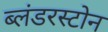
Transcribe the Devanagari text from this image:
ब्लंडरस्टोन